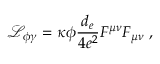
\mathcal { L _ { \phi \gamma } } = \kappa \phi \frac { d _ { e } } { 4 e ^ { 2 } } F ^ { \mu \nu } F _ { \mu \nu } \ ,